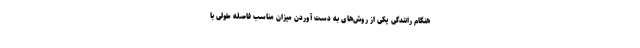
هنگام رانندگی یکی از روش‌های به دست آوردن میزان مناسب فاصله طولی با